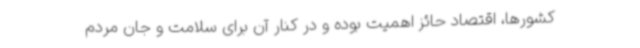
کشورها، اقتصاد حائز اهمیت بوده و در کنار آن برای سلامت و جان مردم